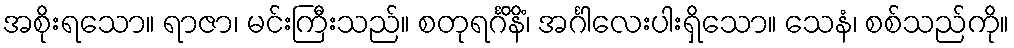
အစိုးရသော။ ရာဇာ၊ မင်းကြီးသည်။ စတုရင်္ဂိနိံ၊ အင်္ဂါလေးပါးရှိသော။ သေနံ၊ စစ်သည်ကို။